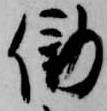
働